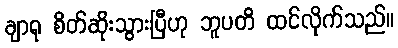
ချာရု စိတ်ဆိုးသွားပြီဟု ဘူပတိ ထင်လိုက်သည်။